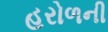
હરોળની